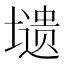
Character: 𭏸